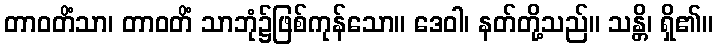
တာဝတိံသာ၊ တာဝတိံ သာဘုံ၌ဖြစ်ကုန်သော။ ဒေဝါ၊ နတ်တို့သည်။ သန္တိ၊ ရှိ၏။